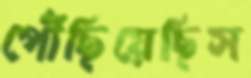
পৌঁছিয়েছিস